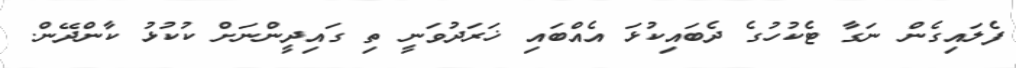
ފެލައިގެން ނަގާ ޓެކުހުގެ ދެބައިކުޅަ އެއްބައި ޚަރަދުވަނީ ތި ގައިދީންނަށް ކުކުޅު ކާންދޭން.